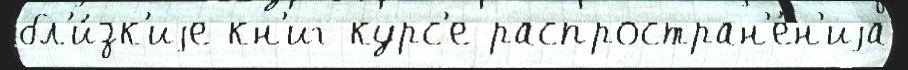
бл'и́зк'иjе кн'иг курс'е распростран'е́н'иjа